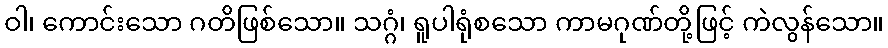
ဝါ၊ ကောင်းသော ဂတိဖြစ်သော။ သဂ္ဂံ၊ ရူပါရုံစသော ကာမဂုဏ်တို့ဖြင့် ကဲလွန်သော။